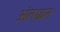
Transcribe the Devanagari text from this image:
अंतग्र्रत